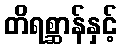
တိရစ္ဆာန်နှင့်